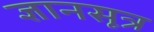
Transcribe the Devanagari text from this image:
ज्ञानसूत्र